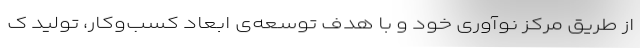
از طریق مرکز نوآوری خود و با هدف توسعه‌ی ابعاد کسب‌و‌کار، تولید ک